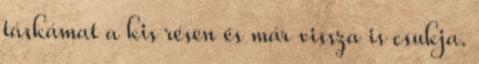
táskámat a kis résen és már vissza is csukja.